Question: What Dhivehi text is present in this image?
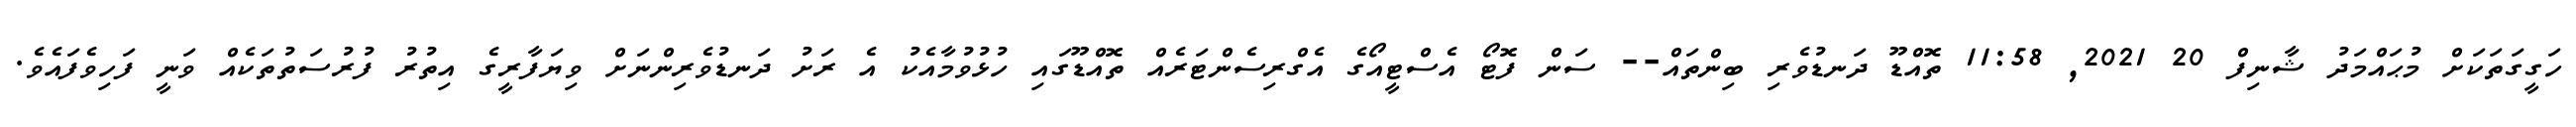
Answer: ހަގީގަތަކަށް މުޙައްމަދު ޝާނިފް 20 2021, 11:58 ތޮއްޑޫ ދަނޑުވެރި ބިންތައް-- ސަން ފޮޓޯ އެސްޓީއޯގެ އެގްރިސެންޓަރެއް ތޮއްޑޫގައި ހުޅުވުމާއެކު އެ ރަށު ދަނޑުވެރިންނަށް ވިޔަފާރީގެ އިތުރު ފުރުސަތުތަކެއް ވަނީ ފަހިވެފައެވެ.